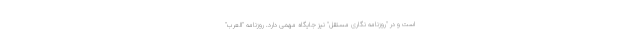
است و در "روزنامه نگاری مستقل" نیز جایگاه مهمی دارد. روزنامه "العرب"